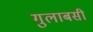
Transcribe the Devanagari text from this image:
गुलाबसी